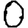
Digit: 0